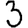
Digit: 3